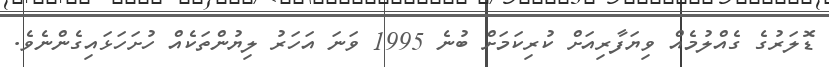
ޑޮލަރުގެ ގެއްލުމެއް ވިޔަފާރިއަށް ކުރިކަމަށް ބުނެ 1995 ވަނަ އަހަރު ލިޔުންތަކެއް ހުށަހަޅައިގެންނެވެ.